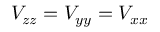
V _ { z z } = V _ { y y } = V _ { x x }